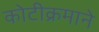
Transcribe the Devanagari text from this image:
कोटीक्रमाने